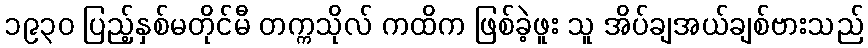
၁၉၃၀ ပြည့်နှစ်မတိုင်မီ တက္ကသိုလ် ကထိက ဖြစ်ခဲ့ဖူး သူ အိပ်ချအယ်ချစ်ဗားသည်